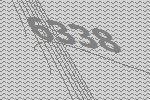
6338